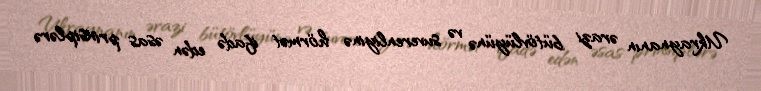
Ukraynanın ərazi bütövlüyünə və suverenliyinə hörmət ifadə edən əsas prinsiplərə